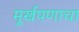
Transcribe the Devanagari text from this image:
मूर्खपणाचा